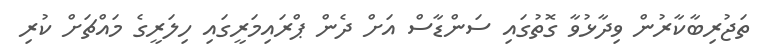
ތަޖުރިބާކާރުން ވިދާޅުވާ ގޮތުގައި ސަންޑާސް އަށް ދެން ޕްރައިމަރީގައި ހިލަރީގެ މައްޗަށް ކުރި